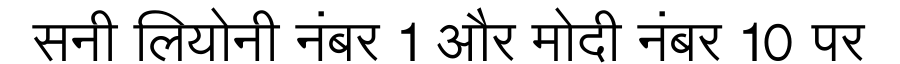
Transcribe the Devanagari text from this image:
सनी लियोनी नंबर 1 और मोदी नंबर 10 पर